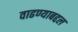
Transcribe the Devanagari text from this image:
वाढण्याबद्दल